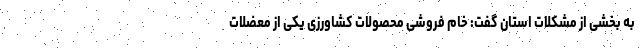
به بخشی از مشکلات استان گفت: خام فروشی محصولات کشاورزی یکی از معضلات